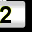
Digit: 2